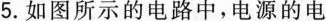
5.如图所示的电路中，电源的电